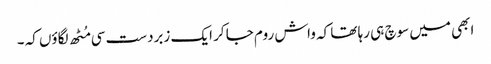
ابھی میں سوچ ہی رہا تھا کہ واش روم جا کر ایک زبردست سی مُٹھ لگاؤں کہ ۔